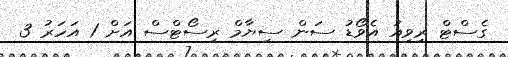
ގެސްޓް ރިވިއު އެވޯޑު ސަން ސިޔާމް ރިސޯޓްސް އަށް 1 އަހަރު 3